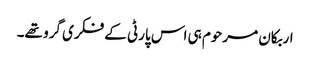
اربکان مرحوم ہی اس پارٹی کے فکری گرو تھے۔